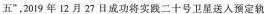
五"，2019年12月27日成功将实践二十号卫星送入预定轨